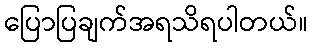
ပြောပြချက်အရသိရပါတယ်။